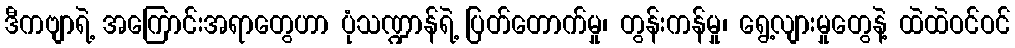
ဒီကဗျာရဲ့ အကြောင်းအရာတွေဟာ ပုံသဏ္ဍာန်ရဲ့ ပြတ်တောက်မှု၊ တွန်းကန်မှု၊ ရွေ့လျားမှုတွေနဲ့ ထဲထဲဝင်ဝင်